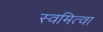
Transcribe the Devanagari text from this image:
स्वमित्वा